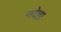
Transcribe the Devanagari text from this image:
नदेहा